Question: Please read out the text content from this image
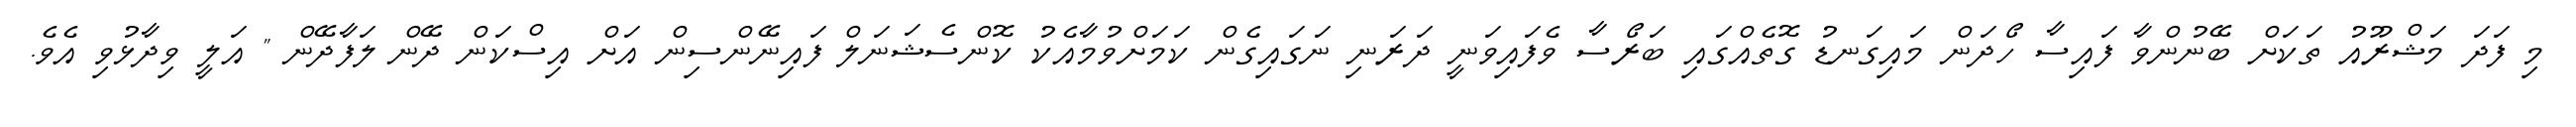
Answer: މި ފަދަ މަޝްރޫއު ތަކަށް ބޭނުންވާ ފައިސާ ހޯދަން މައިގަނޑު ގޮތެއްގައި ބަރޯސާ ވެފައިވަނީ ދަރަނި ނަގައިގެން ކަމަށްވުމާއެކު ކޮންސެޝަނަލް ފައިނޭންސިން އަށް އިސްކަން ދޭން ލަފާދޭން " އަލީ ވިދާޅުވި އެވެ.